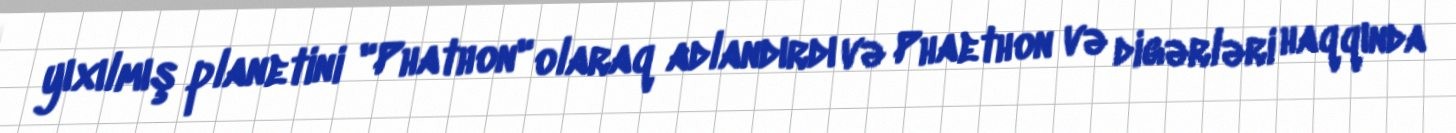
yıxılmış planetini "Phathon" olaraq adlandırdı və Phaethon və digərləri haqqında